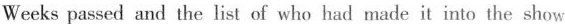
Weeks passed and the list of who had made it into the show